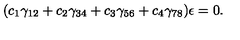
( c _ { 1 } \gamma _ { 1 2 } + c _ { 2 } \gamma _ { 3 4 } + c _ { 3 } \gamma _ { 5 6 } + c _ { 4 } \gamma _ { 7 8 } ) \epsilon = 0 .